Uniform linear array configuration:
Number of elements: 8
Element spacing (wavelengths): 0.25
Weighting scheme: binomial
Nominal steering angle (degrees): -60
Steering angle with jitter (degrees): -59.391
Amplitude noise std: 0.05
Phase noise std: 0.05

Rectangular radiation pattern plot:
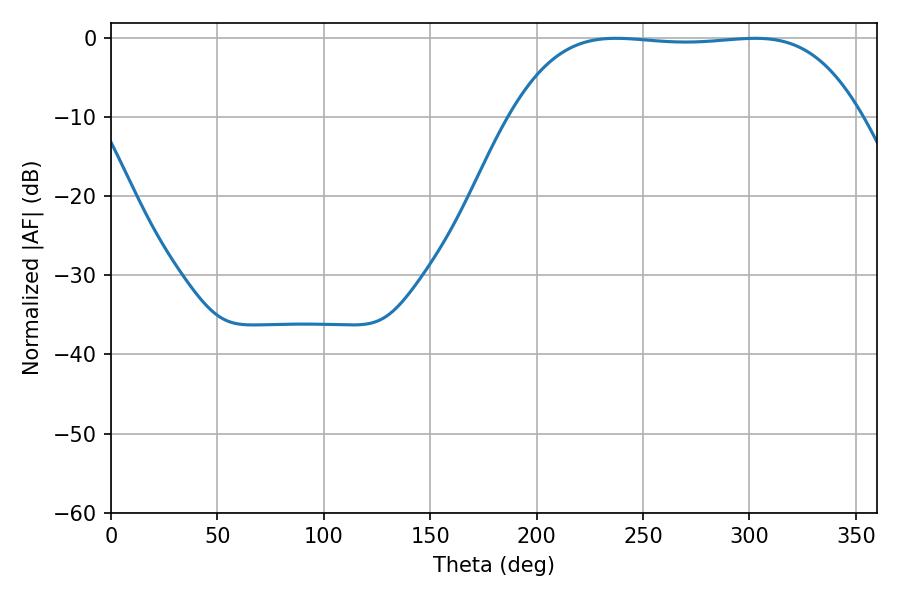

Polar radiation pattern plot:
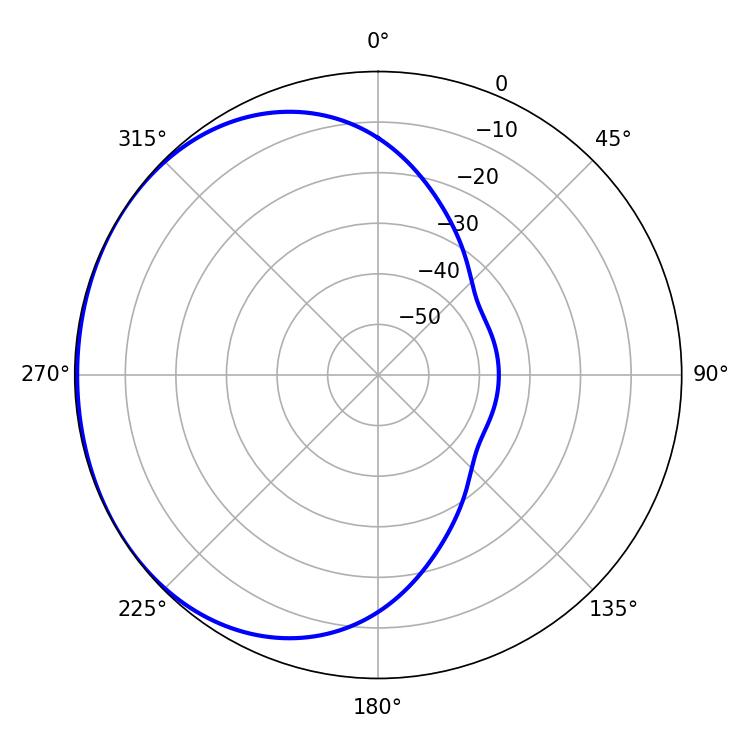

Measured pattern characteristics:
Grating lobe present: FALSE
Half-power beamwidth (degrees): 127.8
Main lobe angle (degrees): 302.76